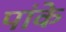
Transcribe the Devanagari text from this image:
पांके